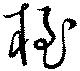
桎